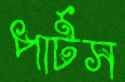
পার্টস